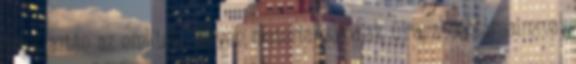
hogy aztán az említett helyen materializálódjak újra, a céhtársaimmal